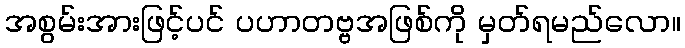
အစွမ်းအားဖြင့်ပင် ပဟာတဗ္ဗအဖြစ်ကို မှတ်ရမည်လော။